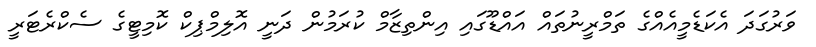
ވަރުގަދަ އެކަޑެމީއެއްގެ ތަމްރީނުތައް އައްޑޫގައި އިންތިޒާމް ކުރަމުން ދަނީ އޮލިމްޕިކް ކޮމިޓީގެ ސެކްރެޓަރީ